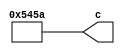
// -------------------------------------------------------------
// 
// 
// Generated by MATLAB 9.14 and HDL Coder 4.1
// 
// -------------------------------------------------------------


// -------------------------------------------------------------
// 
// Module: a4_block
// Source Path: FP_sub/fp model/IIR_section_2/a4
// Hierarchy Level: 2
// 
// -------------------------------------------------------------

`timescale 1 ns / 1 ns

module a4_block
          (c);


  output  signed [14:0] c;  // sfix15_En11


  wire signed [14:0] a4_out1;  // sfix15_En11


  assign a4_out1 = 15'sb101010001011010;



  assign c = a4_out1;

endmodule  // a4_block